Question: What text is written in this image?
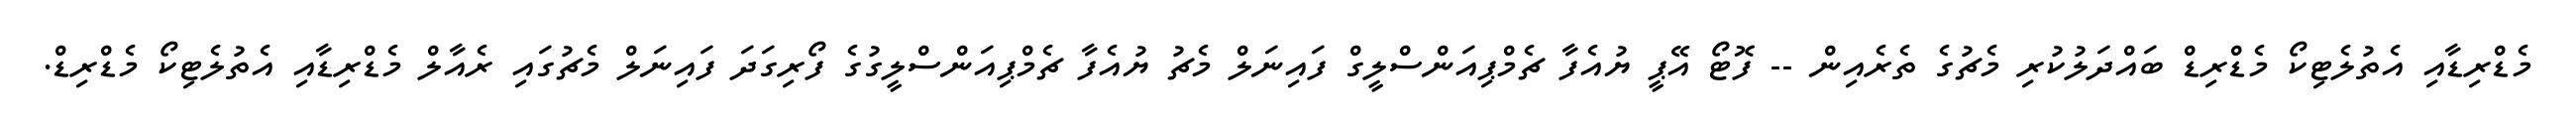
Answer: މެޑްރިޑާއި އެތުލެޓިކޯ މެޑްރިޑް ބައްދަލުކުރި މެޗުގެ ތެރެއިން -- ފޮޓޯ އޭޕީ ޔުއެފާ ޗެމްޕިއަންސްލީގް ފައިނަލް މެޗު ޔުއެފާ ޗެމްޕިއަންސްލީގުގެ ފޯރިގަދަ ފައިނަލް މެޗުގައި ރެއާލް މެޑްރިޑާއި އެތުލެޓިކޯ މެޑްރިޑް.